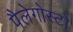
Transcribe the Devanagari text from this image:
पैलेगोस्टो